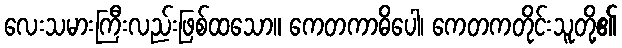
လေးသမားကြီးလည်းဖြစ်ထသော။ ကေတကာဓိပေါ၊ ကေတကတိုင်းသူတို့၏